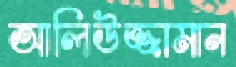
আলিউজ্জামান